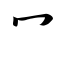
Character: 冖